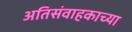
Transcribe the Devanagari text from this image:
अतिसंवाहकाच्या